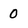
Character: 0